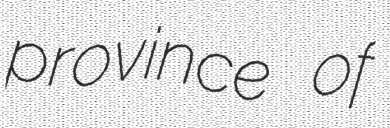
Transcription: province of